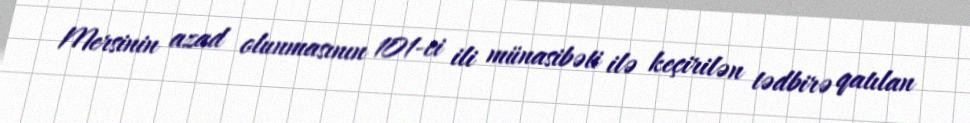
Mersinin azad olunmasının 101-ci ili münasibəti ilə keçirilən tədbirə qatılan